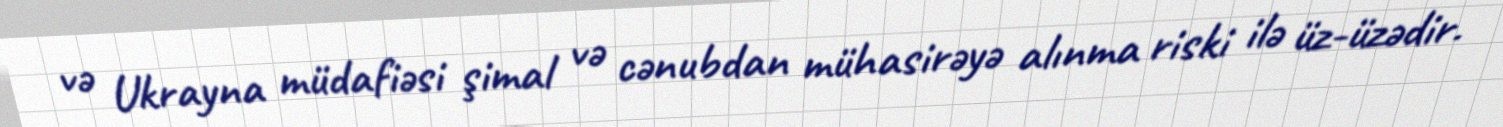
və Ukrayna müdafiəsi şimal və cənubdan mühasirəyə alınma riski ilə üz-üzədir.